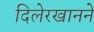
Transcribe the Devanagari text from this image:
दिलेरखाननें